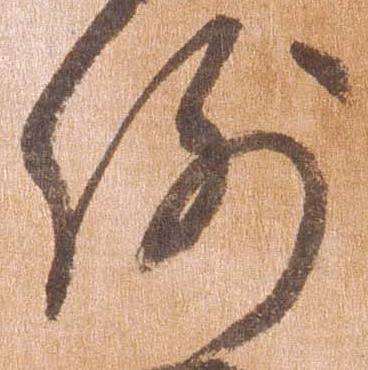
例